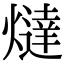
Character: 燵